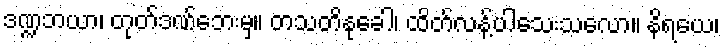
ဒဏ္ဍဘယာ၊ တုတ်ဒဏ်ဘေးမှ။ တသတိနုခေါ၊ ထိတ်လန့်ပါသေးသလော။ နိရယေ၊